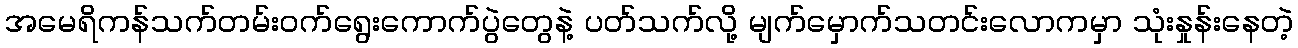
အမေရိကန်သက်တမ်းဝက်ရွေးကောက်ပွဲတွေနဲ့ ပတ်သက်လို့ မျက်မှောက်သတင်းလောကမှာ သုံးနှုန်းနေတဲ့